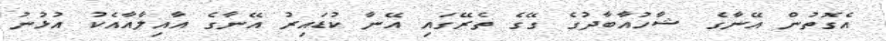
އެގޮތުން އޭނާގެ ޝާހުއާބާދުގެ ގޭގެ ތެރޭގައި އޭނާ ކުޑައިރު އޭނާގެ އާއިލާއާއެކު އުޅުނު